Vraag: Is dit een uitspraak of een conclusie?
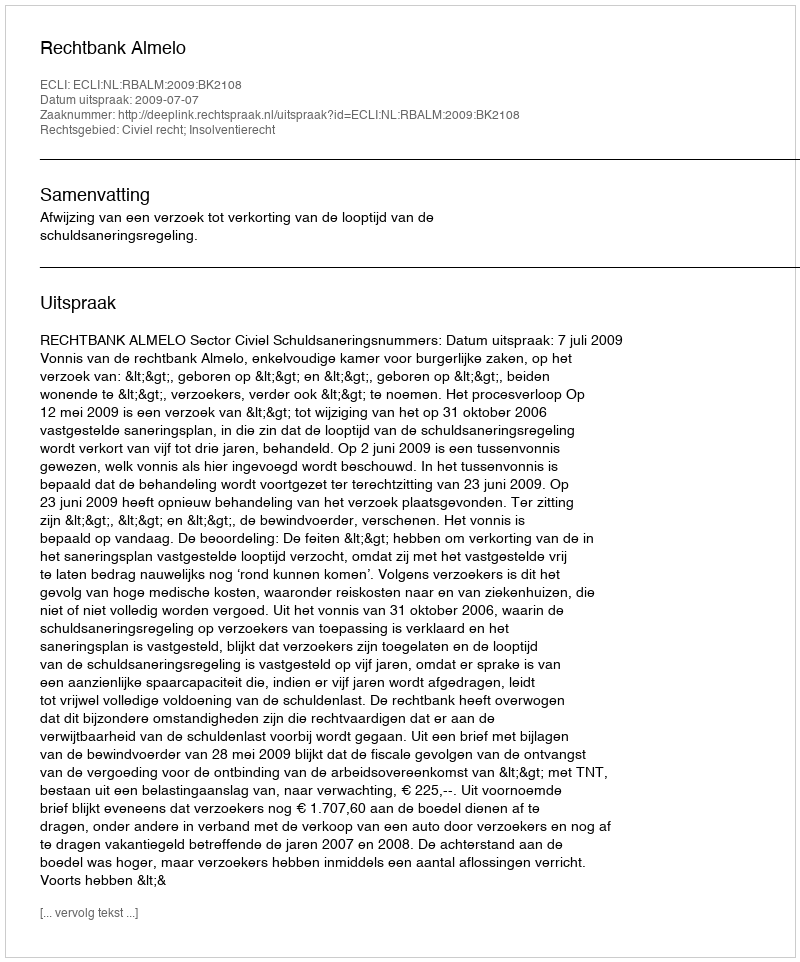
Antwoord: Uitspraak